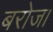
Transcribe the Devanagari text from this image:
बरोज।